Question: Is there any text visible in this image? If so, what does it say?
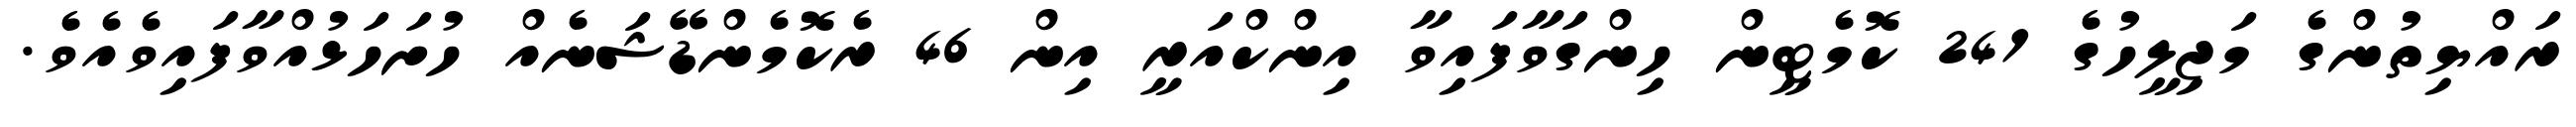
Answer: ރައްޔިތުންގެ މަޖިލީހުގެ 241 ކޮމެޓީން ހިންގަވާފައިވާ އިންކްއަރީ އިން 46 ރެކޮމެންޑޭޝަނެއް ހުށަހަޅުއްވާފައިވެއެވެ.